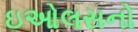
ઇઓલસનો